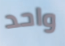
واحد